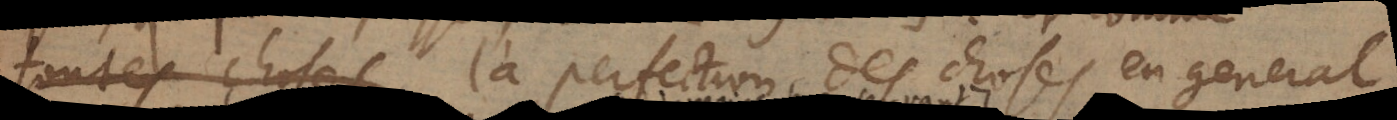
tous _ choses la perfection des choses en general